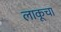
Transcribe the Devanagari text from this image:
लाकूचा